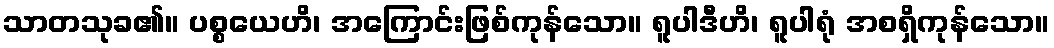
သာတသုခ၏။ ပစ္စယေဟိ၊ အကြောင်းဖြစ်ကုန်သော။ ရူပါဒီဟိ၊ ရူပါရုံ အစရှိကုန်သော။